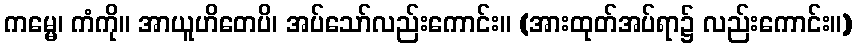
ကမ္မေ၊ ကံကို။ အာယူဟိတေပိ၊ အပ်သော်လည်းကောင်း။ (အားထုတ်အပ်ရာ၌ လည်းကောင်း။)